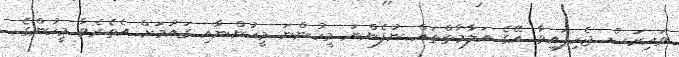
ވައިރަސް ޖެހިފައިވާ އޭގެ އަލާމާތްތައް ނުފެންނަ މީހުންނަ މީހުންނާއި ގައުމަށް އެތެރެވާ މީހުންގެ